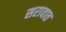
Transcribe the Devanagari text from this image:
सरावात